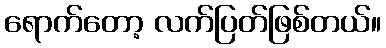
ရောက်တော့ လက်ပြတ်ဖြစ်တယ်။